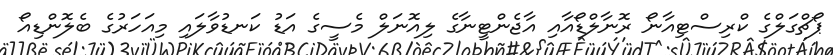
ޕޯޗްގަލްގެ ކްރިސްޓިއާނޯ ރޮނާލްޑޯއާއި އާޖެންޓީނާގެ ލިއޮނަލް މެސީގެ އަޑު ކަނޑުވާލައި މިއަހަރުގެ ބެލޮންޑިއޯ